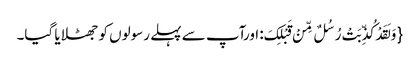
{ وَ لَقَدْ کُذِّبَتْ رُسُلٌ مِّنْ قَبْلِکَ: اورآپ سے پہلے رسولوں کو جھٹلایا گیا۔